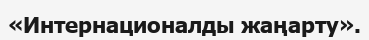
«Интернационалды жаңарту».